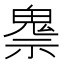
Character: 𲌧